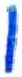
אות: ו